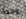
واحدة